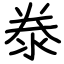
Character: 𣳾